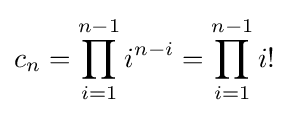
c_{n}=\prod _{i=1}^{n-1}i^{n-i}=\prod _{i=1}^{n-1}i!